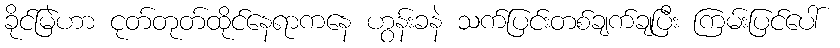
ခိုင်မြဲဟာ ငုတ်တုတ်ထိုင်နေရာကနေ ဟွန်းခနဲ သက်ပြင်းတစ်ချက်ချပြီး ကြမ်းပြင်ပေါ်